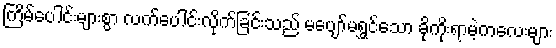
ကြိမ်ပေါင်းများစွာ လက်ပေါင်းလိုက်ခြင်းသည် မပျော်မရွှင်သော ခိုကိုးရာမဲ့ကလေးများ